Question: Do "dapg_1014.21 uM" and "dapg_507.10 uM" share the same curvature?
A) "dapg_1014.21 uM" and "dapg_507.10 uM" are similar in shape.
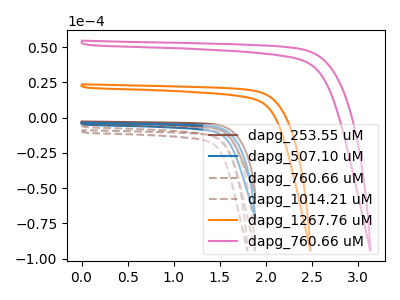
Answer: <think>The brown curve "dapg_253.55 uM" has no peaks. The blue curve "dapg_507.10 uM" has no peaks. The brown dashed curve "dapg_760.66 uM" has no peaks. The brown dashed curve "dapg_1014.21 uM" has no peaks. The orange curve "dapg_1267.76 uM" has no peaks. The pink curve "dapg_760.66 uM" has no peaks.
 Neither "dapg_1014.21 uM" or "dapg_507.10 uM" have any peaks.</think>
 <answer>A) "dapg_1014.21 uM" and "dapg_507.10 uM" are similar in shape.</answer>
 <eval>A</eval>